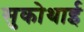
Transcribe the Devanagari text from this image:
सुकोथाई